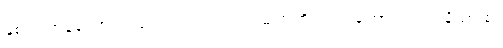
နှစ်ပါးကုန်သော။ ဒသဗလာ၊ ဒသဗလသုတ်တို့လည်းကောင်း။ ဥပနိသာ စ၊